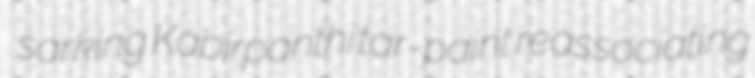
sarking Kabirpanthi tar-paint reassociating